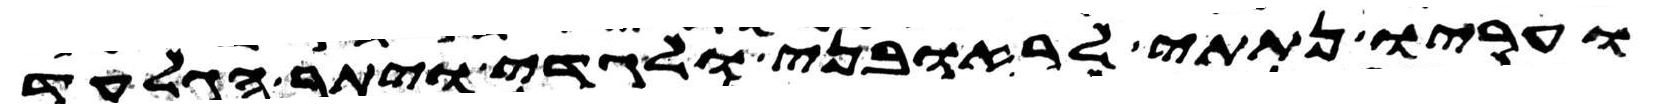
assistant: ועריו נתתי לראובני ולגדי ויתר הגלעד